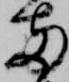
両